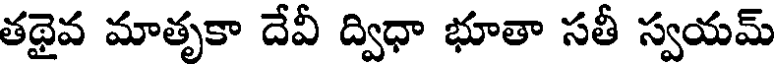
తథైవ మాతృకా దేవీ ద్విధా భూతా సతీ స్వయమ్